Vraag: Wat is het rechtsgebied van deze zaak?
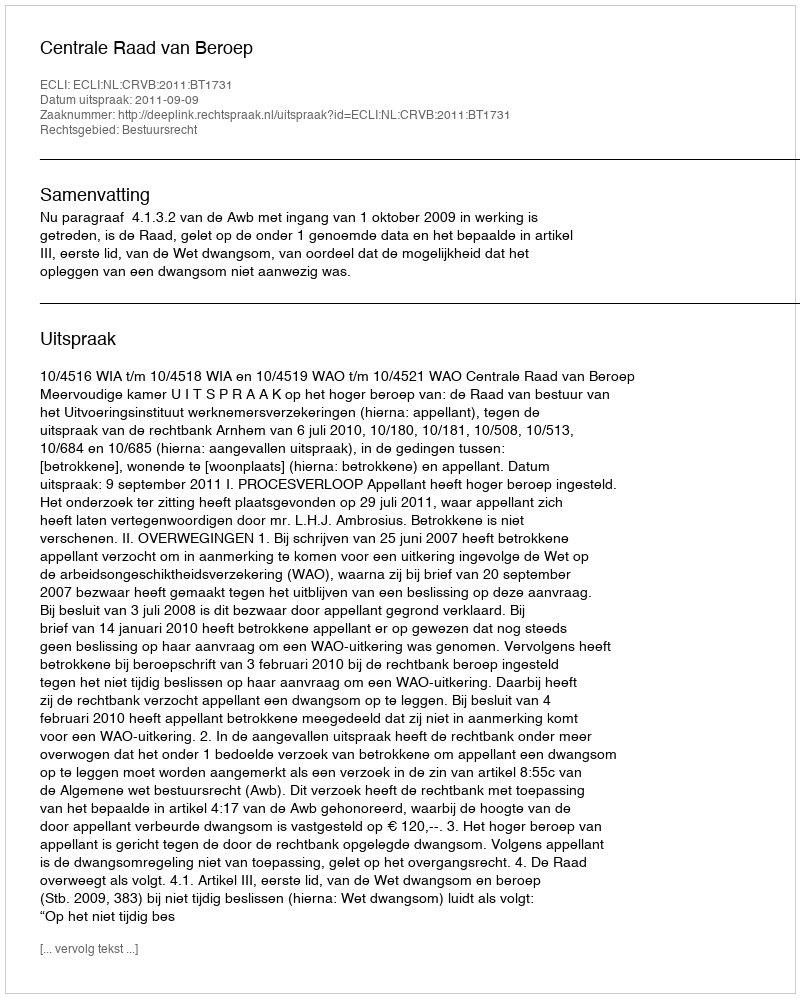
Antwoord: Bestuursrecht